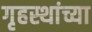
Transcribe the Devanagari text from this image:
गृहस्थांच्या